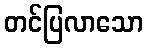
တင်ပြလာသော